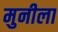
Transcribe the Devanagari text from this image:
मुनीला